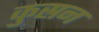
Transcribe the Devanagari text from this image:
कुस्रन